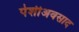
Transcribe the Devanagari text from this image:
पेशीअवसाद